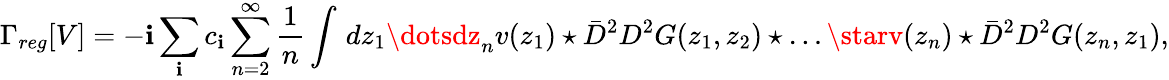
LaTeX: \Gamma_{reg}[V]=-\mathbf{i}\sum_{\mathbf{i}}c_{\mathbf{i}}\sum_{n=2}^{\infty}\frac{{1}}{{n}}\int\, dz_{1}\dotsdz_{n}v(z_{1})\star\bar{{D}}^{2}D^{2}G(z_{1},z_{2})\star\dots\starv(z_{n})\star\bar{{D}}^{2}D^{2}G(z_{n},z_{1}),